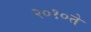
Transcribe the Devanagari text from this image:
२०१०ते